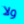
ولا